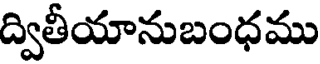
ద్వితీయానుబంధము